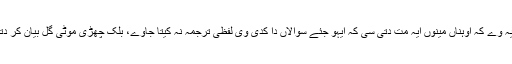
سچ تے ایہ وے کہ اوہناں مینوں ایہ مت دتی سی کہ ایہو جئے سوالاں دا کدی وی لفظی ترجمہ نہ کیتا جاوے، بلک چھڑی موٹی گل بیان کر دتی جاوے۔